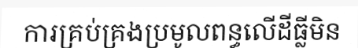
ការគ្រប់គ្រងប្រមូលពន្ធលើដីធ្លីមិន